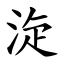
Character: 㳬